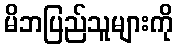
မိဘပြည်သူများကို